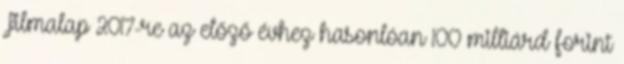
Filmalap 2017-re az előző évhez hasonlóan 100 milliárd forint